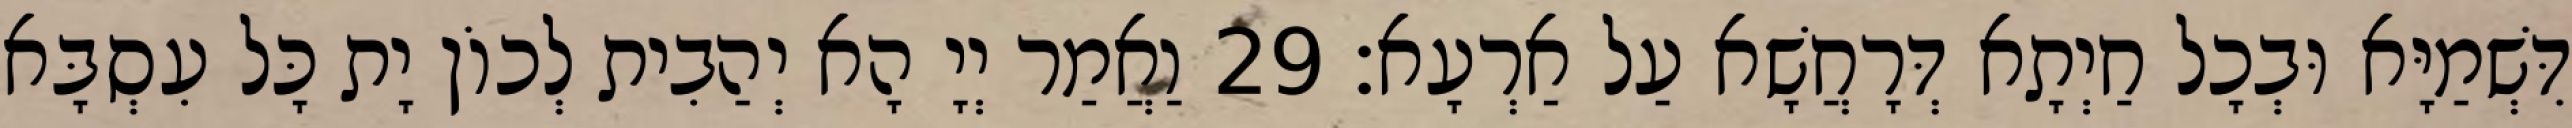
דִּשְׁמַיָּא וּבְכָל חַיְתָא דְּרָחֲשָׁא עַל אַרְעָא׃ 29 וַאֲמַר יְיָ הָא יְהַבִית לְכוֹן יָת כָּל עִסְבָּא